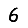
Digit: 6